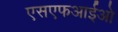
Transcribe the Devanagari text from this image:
एसएफआईओ